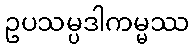
ဥပသမ္ပဒါကမ္မဿ